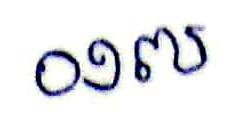
០១៧